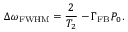
\Delta \omega _ { \mathrm { { F W H M } } } = \frac { 2 } { T _ { 2 } } - \Gamma _ { \mathrm { F B } } { P _ { 0 } } .